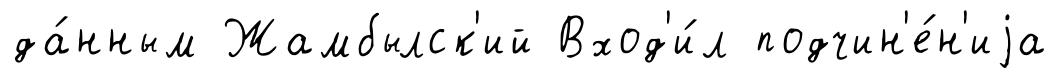
да́нным Жамбылск'ий Вход'и́л подчин'е́н'иjа